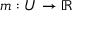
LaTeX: m : U \to \mathbb { R }